Report on lock hospitals in British Burma
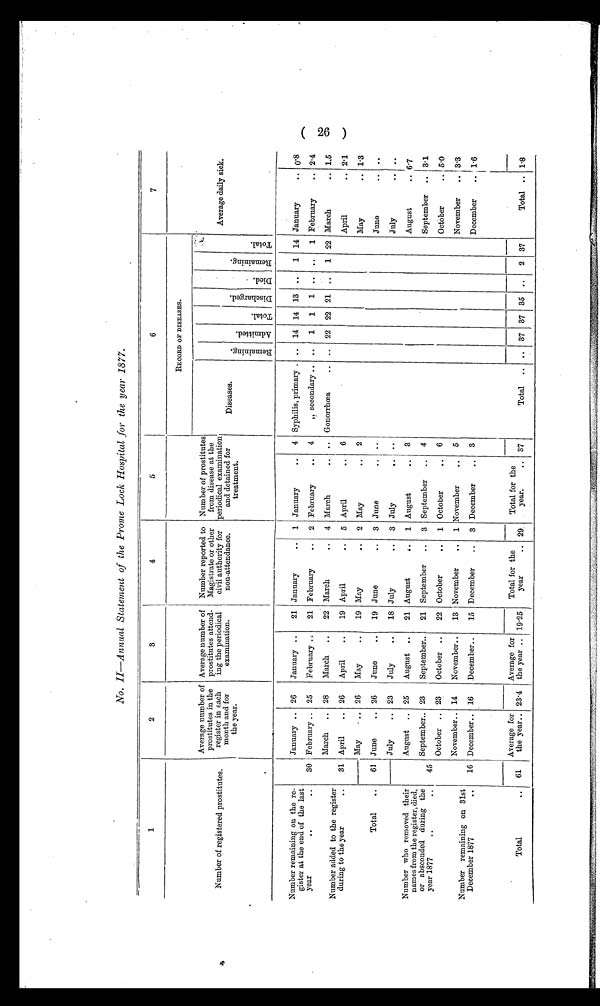
No. II—Annual Statement of the Prome Lock Hospital for the year 1877.
1
2
3
4
5
6
7
RECORD OF DISEASES.
Number of registered prostitutes.
Average uumber of
prostitutes in the
register in each
month and for
the year.
Average number of
prostitutes attend-
ing the periodical
examination.
Number reported to
Magistrate or other
civil authority for
non-attendance.
Number of prostitutes
from disease at the
periodical examination
and detained for
treatment
Diseases.
R e m a i n i n g .
A d m i t t e d
T o t a l .
.
D i s c h a r g e d .
D i e d .
R e m a i n i n g .
Total.
Average daily sick.
Number remaining on the re-
gister at the end of the last
year
. .
..
30
January .. 26
January ..
21 January
.. 1 January
..
4 Syphilis, primary . .. 14 14 13 ..
1 14 January
. .
0.8
February .. 25
February ..
21 February
..
2 February
..
4
„ secondary .. ..
1
1
1 .. ..
1 February
.. 2.4
Number added to the register
during to the year
..
31
March .. 28
March ..
22 March
.. 4 March
.. .. Gonorrhcea,
.. .. 22 22 21 ..
1 22 March
.. 1.5
April
.. 26
April
..
19 April
..
5 April
..
6
April
..
2 . 1
Total
..
---
61
May
. . .
26
May
..
19 May
..
2 May
..
2
May
.. 1.3
June
.. 26
June
..
19 June
..
3 June
. .
. .
June
..
. .
— July
.. 23
July
..
18 July
..
3 July
. .
. .
July
. .
. .
Number who removed their
names from the register, died,
or absconded during the
year 1877
..
..
45
August .. 25
August ..
21 August
..
1 August
..
3
August
.. 6.7
September.. 23
September..
21 September ..
3 September
..
4
September .. 3.1
October .. 23
October ..
22 October
..
1 October
. .
6
October
.. 5.0
Number remaining on 31st
December 1877
..
16
November.. 14
November..
13 November
.. 1 November
..
5
November
.. 3.3
December.. 16
December..
15 December
..
3 December
.. 3
December
.. 1.6
Total
..
61
Average for
the year.. 23.4
Average for
the year ..
1 9 . 2 5
Total for the
year
.. 29.
Total for the
year.
.. 37
Total .. .. 37 37 35 ..
2 37
Total .. 1.8